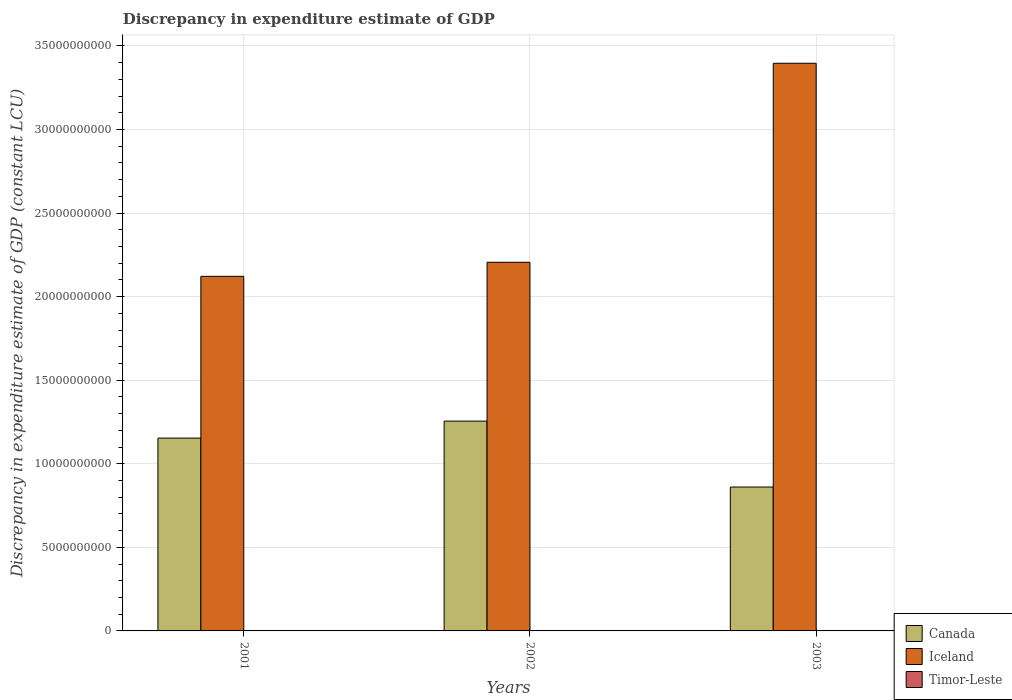
| Years | Canada | Iceland | Timor-Leste |
 | --- | --- | --- | --- |
 | 2001 | 1.15e+10 | 2.12e+10 | 1.9e+07 |
 | 2002 | 1.26e+10 | 2.21e+10 | -6.54e+06 |
 | 2003 | 8.61e+09 | 3.4e+10 | -7.11e+06 |